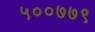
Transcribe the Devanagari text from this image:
५००७७९